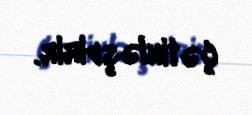
çətinləşdirir.